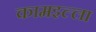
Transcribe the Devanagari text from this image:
कामइल्ला